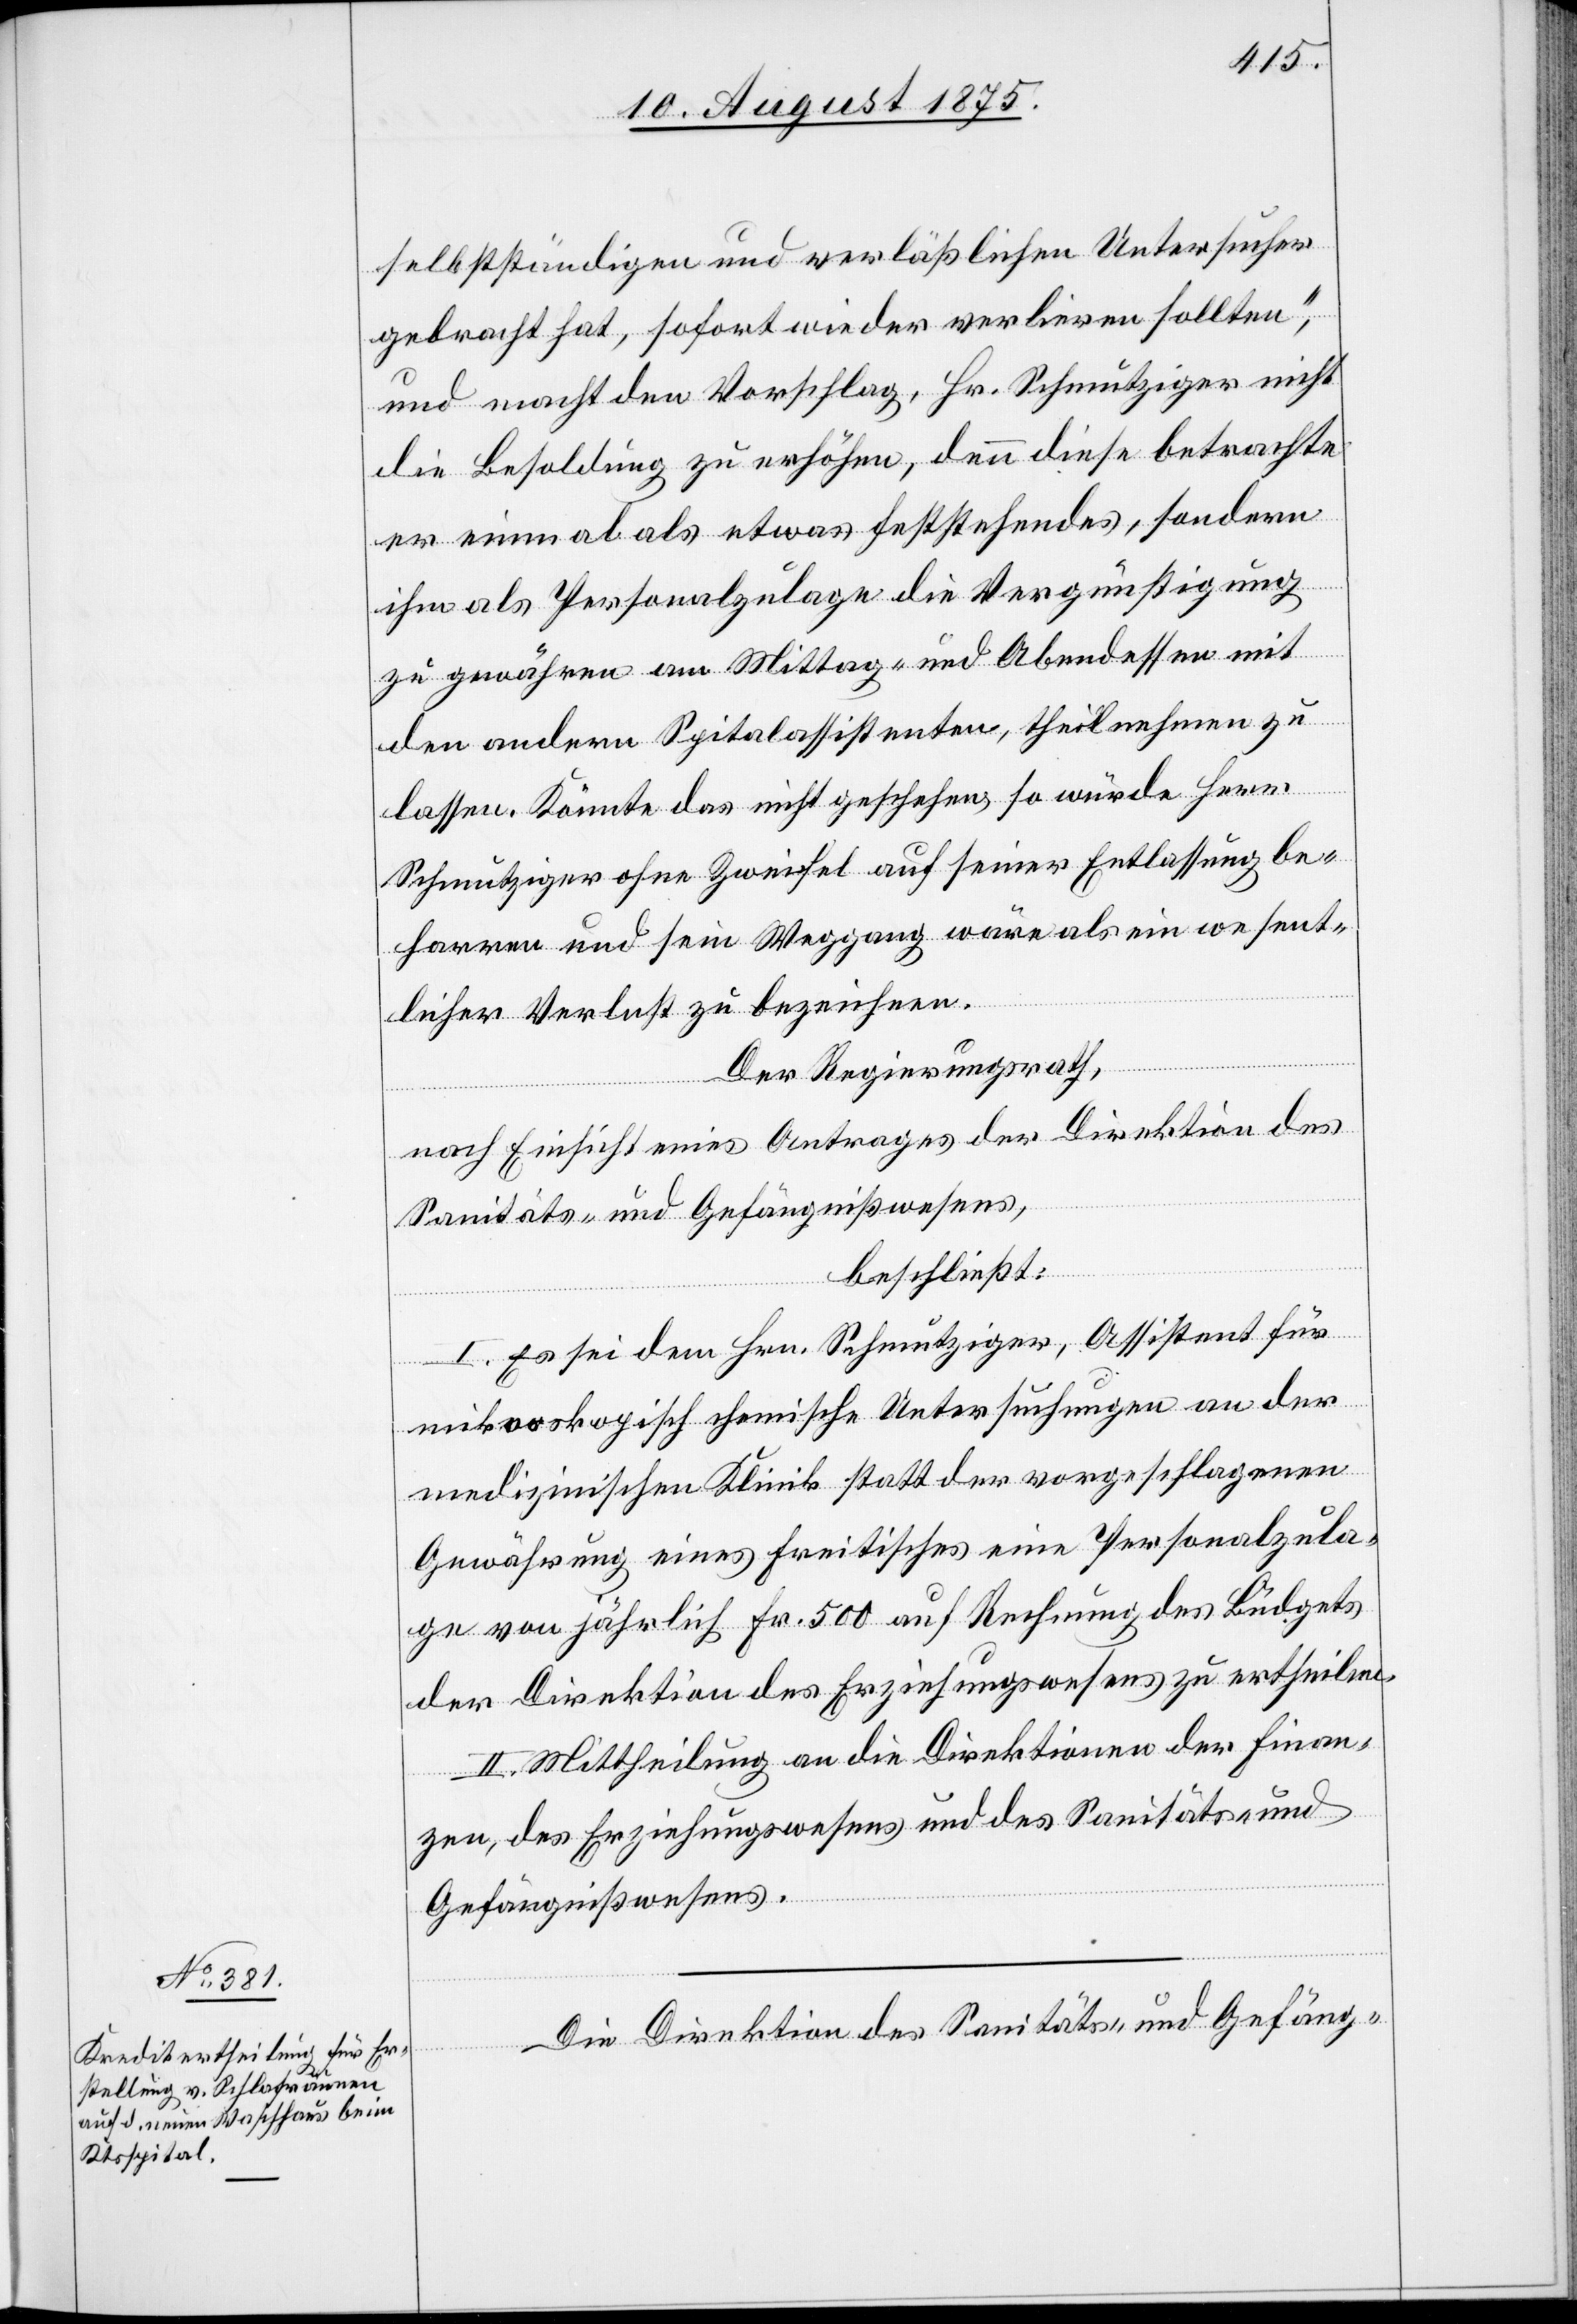
selbständigen und verläßlichen Untersucher
gebracht hat, sofort wieder verlieren sollten“,
und macht den Vorschlag, Hr. Schmutzinger nicht
die Besoldung zu erhöhen, denn diese betrachte
er einmal als etwas feststehendes, sondern
ihm als Personalzulage die Vergünstigung
zu gewähren am Mittag- und Abendessen mit
den andern Spitalassistenten, theilnehmen zu
lassen. Könnte das nicht geschehen, so würde Herr
Schmutzinger ohne Zweifel auf seiner Entlassung be¬
harren und sein Weggang wäre als ein wesent¬
licher Verlust zu bezeichnen.
Der Regierungsrath,
nach Einsicht eines Antrages der Direktion des
Sanitäts- und Gefängnißwesens,
beschließt:
I. Es sei dem Hrn. Schmutzinger, Assistent für
mikroskopisch[-]chemische Untersuchungen an der
medizinischen Klinik statt der vorgeschlagenen
Gewährung eines Freitisches eine Personalzula¬
ge von jährlich Fr. 500 auf Rechnung des Büdgets
der Direktion des Erziehungswesens zu ertheilen.
II. Mittheilung an die Direktionen der Finan¬
zen, des Erziehungswesens und des Sanitäts- und
Gefängnißwesens.
Die Direktion des Sanitäts- und Gefäng-